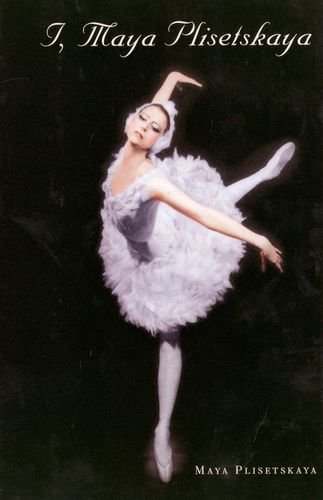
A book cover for I, Maya Plisetskaya; Maya Plisetskaya; Biographies & Memoirs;